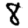
Digit: 8